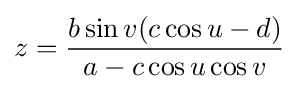
z={\frac {b\sin v(c\cos u-d)}{a-c\cos u\cos v}}\